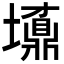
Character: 𡓀